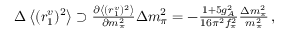
\begin{array} { r } { \Delta \left< ( r _ { 1 } ^ { v } ) ^ { 2 } \right> \supset \frac { \partial \left< ( r _ { 1 } ^ { v } ) ^ { 2 } \right> } { \partial m _ { \pi } ^ { 2 } } \Delta m _ { \pi } ^ { 2 } = - \frac { 1 + 5 g _ { A } ^ { 2 } } { 1 6 \pi ^ { 2 } f _ { \pi } ^ { 2 } } \frac { \Delta m _ { \pi } ^ { 2 } } { m _ { \pi } ^ { 2 } } \, , } \end{array}